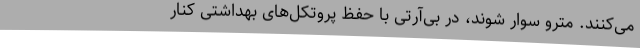
می‌کنند. مترو سوار شوند، در بی‌آرتی با حفظ پروتکل‌های بهداشتی کنار